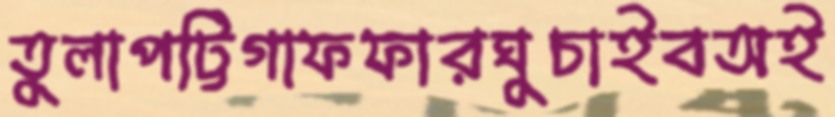
তুলাপট্টিগাফফারঘুচাইবঅই